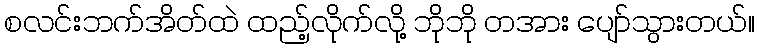
စလင်းဘက်အိတ်ထဲ ထည့်လိုက်လို့ ဘိုဘို တအား ပျော်သွားတယ်။